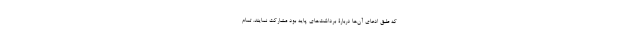
که طبقِ ادعای آن‌ها دربارۀ برداشت‌های پایه بود مشارکت نمایند. تمام